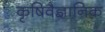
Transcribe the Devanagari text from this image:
कृषिवैज्ञानिक